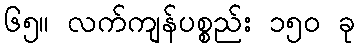
၆၅။ လက်ကျန်ပစ္စည်း ၁၅၀ ခု